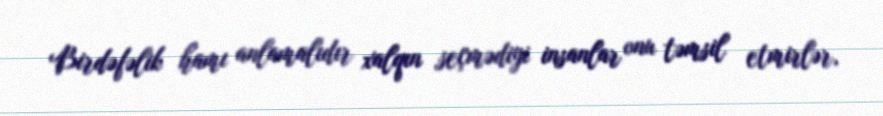
Birdəfəlik hamı anlamalıdır xalqın seçmədiyi insanlar onu təmsil etmirlər,